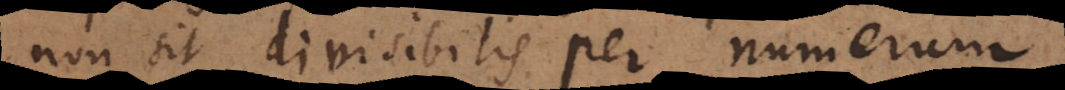
non sit divisibilis per numerum